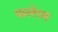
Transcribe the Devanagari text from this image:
फलेरम